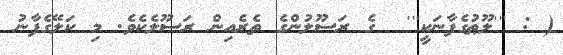
( : '''ލޫޠުގެފާނަކީ'''  ގެ ރަސޫލުންގެ ތެރެއިން ރަސޫލެކެވެ. މި ކަލޭގެފާނު